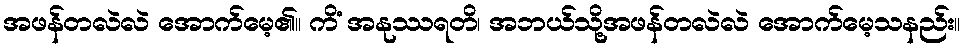
အဖန်တလဲလဲ အောက်မေ့၏။ ကိံ အနုဿရတိ၊ အဘယ်သို့အဖန်တလဲလဲ အောက်မေ့သနည်း။